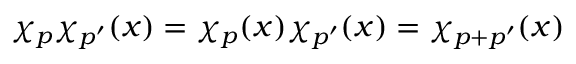
\chi _ { p } \chi _ { p ^ { \prime } } ( x ) = \chi _ { p } ( x ) \chi _ { p ^ { \prime } } ( x ) = \chi _ { p + p ^ { \prime } } ( x )